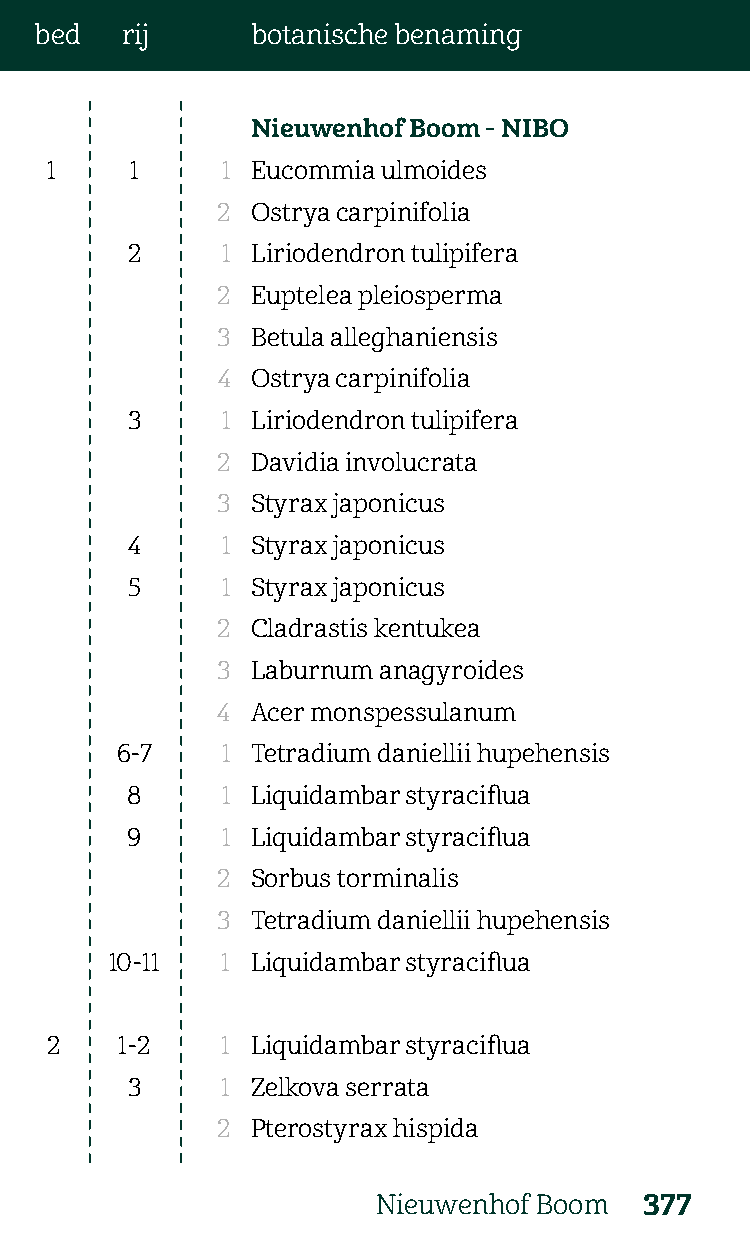
bed   rij      botanische benaming
 Nieuwenhof Boom - NIBO
 1     1     1 Eucommia ulmoides
 2  Ostrya carpinifolia
 2      1 Liriodendron tulipifera
 2  Euptelea pleiosperma
 3  Betula alleghaniensis
 4  Ostrya carpinifolia
 3      1 Liriodendron tulipifera
 2  Davidia involucrata
 3  Styrax japonicus
 4      1 Styrax japonicus
 5      1 Styrax japonicus
 2  Cladrastis kentukea
 3  Laburnum anagyroides
 4  Acer monspessulanum
 6-7    1 Tetradium daniellii hupehensis
 8      1 Liquidambar styraciflua
 9      1 Liquidambar styraciflua
 2  Sorbus torminalis
 3  Tetradium daniellii hupehensis
 10-11   1 Liquidambar styraciflua
 2    1-2    1 Liquidambar styraciflua
 3      1 Zelkova serrata
 2  Pterostyrax hispida
 Nieuwenhof Boom   377